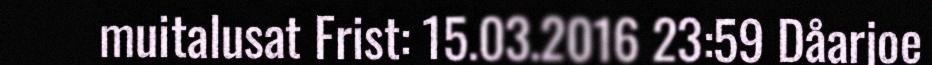
muitalusat Frist: 15.03.2016 23:59 Dåarjoe